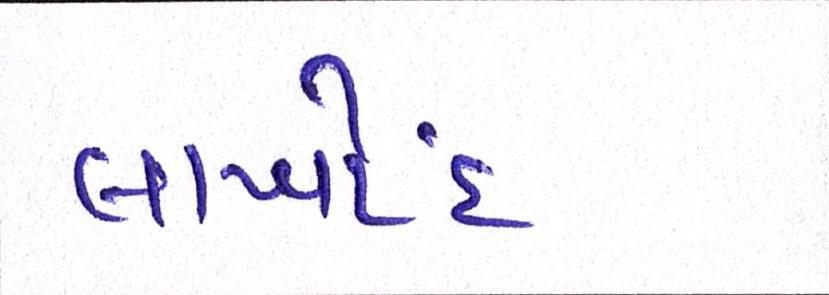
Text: લાખોંદ